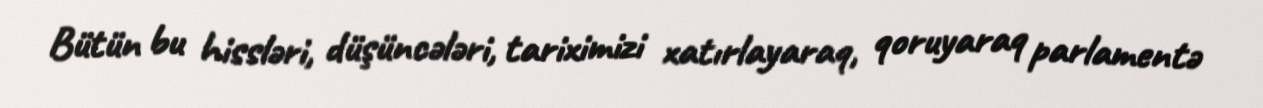
Bütün bu hissləri, düşüncələri, tariximizi xatırlayaraq, qoruyaraq parlamentə